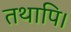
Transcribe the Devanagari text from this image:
तथापि।